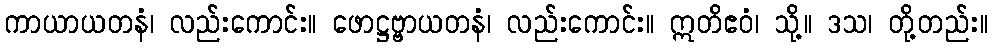
ကာယာယတနံ၊ လည်းကောင်း။ ဖောဋ္ဌဗ္ဗာယတနံ၊ လည်းကောင်း။ ဣတိဧဝံ၊ သို့။ ဒသ၊ တို့တည်း။